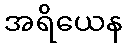
အရိယေန